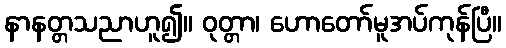
နာနတ္တသညာဟူ၍။ ဝုတ္တာ၊ ဟောတော်မူအပ်ကုန်ပြီ။